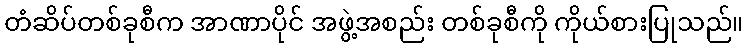
တံဆိပ်တစ်ခုစီက အာဏာပိုင် အဖွဲ့အစည်း တစ်ခုစီကို ကိုယ်စားပြုသည်။